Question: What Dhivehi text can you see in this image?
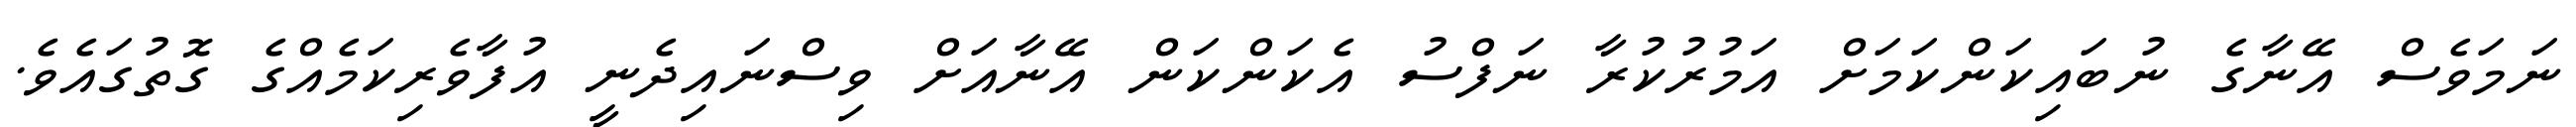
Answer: ނަމަވެސް އޭނާގެ ނުބައިކަންކަމަށް އަމުރުކުރާ ނަފްސު އެކަންކަން އޭނާއަށް ވިސްނައިދެނީ އުފާވެރިކަމެއްގެ ގޮތުގައެވެ.